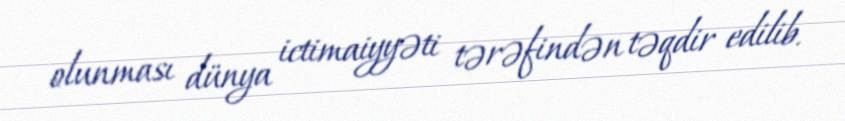
olunması dünya ictimaiyyəti tərəfindən təqdir edilib.